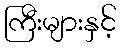
ကြီးများနှင့်